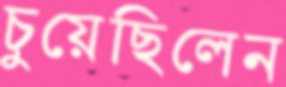
চুয়েছিলেন